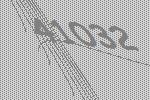
41032